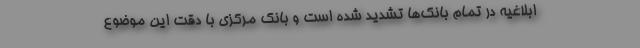
ابلاغیه در تمام بانک‌ها تشدید شده است و بانک مرکزی با دقت این موضوع